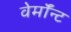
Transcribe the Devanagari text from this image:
वेर्माॅन्ट